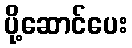
ပို့ဆောင်ပေး